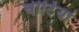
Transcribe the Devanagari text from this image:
चीटिंयां